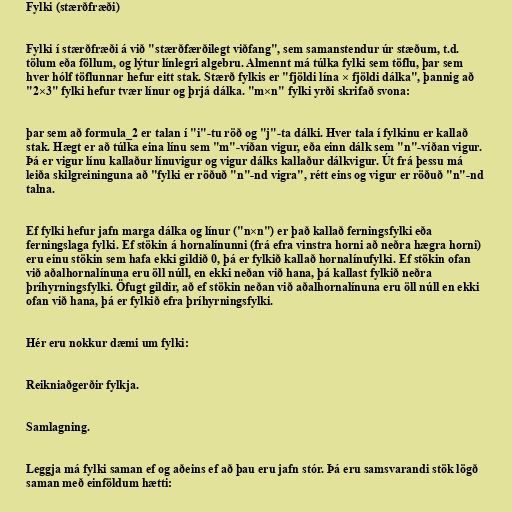
Fylki (stærðfræði)

Fylki í stærðfræði á við "stærðfærðilegt viðfang", sem samanstendur úr stæðum, t.d.
tölum eða föllum, og lýtur línlegri algebru. Almennt má túlka fylki sem töflu, þar sem
hver hólf töflunnar hefur eitt stak. Stærð fylkis er "fjöldi lína × fjöldi dálka", þannig að
"2×3" fylki hefur tvær línur og þrjá dálka. "m×n" fylki yrði skrifað svona:

þar sem að formula_2 er talan í "i"-tu röð og "j"-ta dálki. Hver tala í fylkinu er kallað
stak. Hægt er að túlka eina línu sem "m"-víðan vigur, eða einn dálk sem "n"-víðan vigur.
Þá er vigur línu kallaður línuvigur og vigur dálks kallaður dálkvigur. Út frá þessu má
leiða skilgreininguna að "fylki er röðuð "n"-nd vigra", rétt eins og vigur er röðuð "n"-nd
talna.

Ef fylki hefur jafn marga dálka og línur ("n×n") er það kallað ferningsfylki eða
ferningslaga fylki. Ef stökin á hornalínunni (frá efra vinstra horni að neðra hægra horni)
eru einu stökin sem hafa ekki gildið 0, þá er fylkið kallað hornalínufylki. Ef stökin ofan
við aðalhornalínuna eru öll núll, en ekki neðan við hana, þá kallast fylkið neðra
þríhyrningsfylki. Öfugt gildir, að ef stökin neðan við aðalhornalínuna eru öll núll en ekki
ofan við hana, þá er fylkið efra þríhyrningsfylki.

Hér eru nokkur dæmi um fylki:

Reikniaðgerðir fylkja.

Samlagning.

Leggja má fylki saman ef og aðeins ef að þau eru jafn stór. Þá eru samsvarandi stök lögð
saman með einföldum hætti: